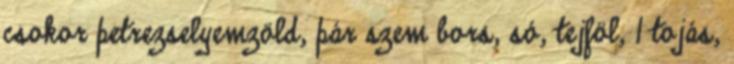
csokor petrezselyemzöld, pár szem bors, só, tejföl, 1 tojás,